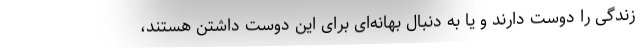
زندگی را دوست دارند و یا به دنبال بهانه‌ای برای این دوست داشتن هستند،